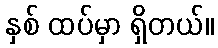
နှစ် ထပ်မှာ ရှိတယ်။